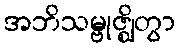
အဘိသမ္ဗုဇ္ဈိတွာ